Enquiry on enteric fever in India - Number 32
Disease focus: Fever
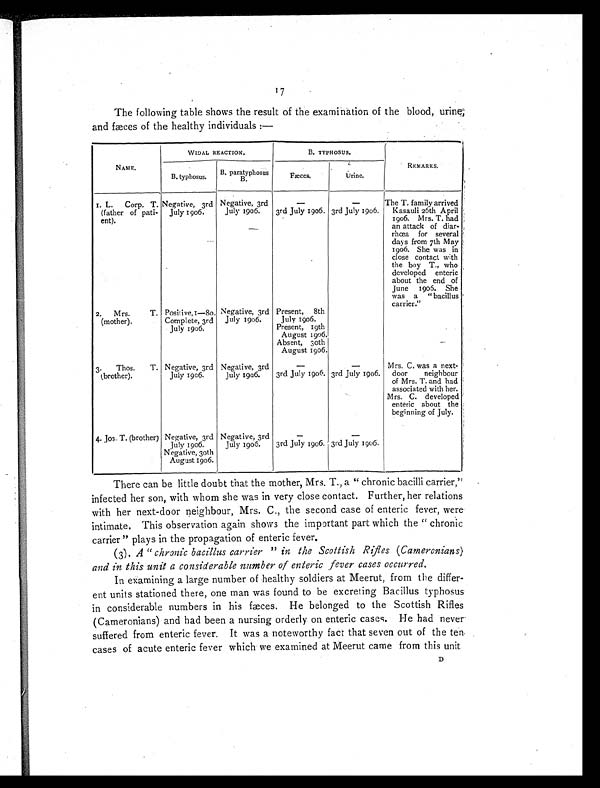
17
The following table shows the result of the examination of the blood, urine,
and fæces of the healthy individuals :—
N A M E .
WIDAL REACTION.
B. TYPHOSUS.
R E M A R K S .
B. typhosus. B. paratyphosus
B.
Fæces.
Urine.
1. L. Corp. T.
(father of pati-
ent).
Negative, 3rd
July 1906.
Negative, 3rd
July 1906.
—
—
The T. family arrived
Kasauli 26th April
1906. Mrs. T. had
an attack of diar-
rhœa for several
days from 7th May
1906. She was in
close contact with
the boy T., who
developed enteric
about the end of
June 1905. She
was a " bacillus
carrier."
3rd July 1906. 3rd July 1906.
2. Mrs. T.
(mother).
Positive, 1—80.
Complete, 3rd
July 1906.
Negative, 3rd
July 1906.
Present, 8th
July 1906.
Present, 9th
August 1906.
Absent, 10th
August 1906.
—
3. Thos. T.
(brother).
Negative, 3rd
July 1906.
Negative, 3rd
July 1906.
—
—
Mrs. C. was a next-
door neighbour
of Mrs. T. and had
associated with her.
3rd July 1906. 3rd July 1906.
Mrs. C. developed
enteric about the
beginning of July.
4. Jos. T. (brother) Negative, 3rd
July 1906.
Negative, 3rd
July 1906.
—
3rd July 1906. 3rd July 1906.
Neative, 30th
August 1906.
There can be little doubt that the mother, Mrs. T., a " chronic bacilli carrier,"
infected her son, with whom she was in very close contact. Further, her relations
with her next-door neighbour, Mrs. C., the second case of enteric fever, were
intimate. This observation again shows the important part which the " chronic
carrier " plays in the propagation of enteric fever.
(3).A " c h r o n i c b a c i l l u s c a r r i e r " i n t h e S c o t t i s h R i f l e s ( C a m e r o n i a n s )
and in this unit a considerable number of enteric fever cases occurred.
In examining a large number of healthy soldiers at Meerut, from the differ
- e n t u n i t s s t a t i o n e d t h e r e , o n e m a n w a s f o u n d t o b e e x c r e t i n g B a c i l l u s t y p h o s u s
in considerable numbers in his fæces. He belonged to the Scottish Rifles
(Cameronians) and had been a nursing orderly on enteric cases. He had never
suffered from enteric fever. It was a noteworthy fact that seven out of the ten
cases of acute enteric fever which we examined at Meerut came from this unit
MOB
D